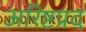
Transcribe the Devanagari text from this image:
अरिष्टप्रद